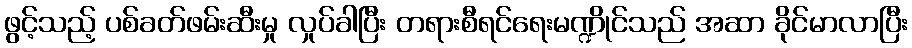
ဖွင့်သည့် ပစ်ခတ်ဖမ်းဆီးမှု လှုပ်ခါပြီး တရားစီရင်ရေးမဏ္ဍိုင်သည် အဆာ ခိုင်မာလာပြီး